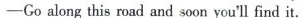
—Go along this road and soon you'll find it.